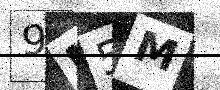
Text: 9M5M